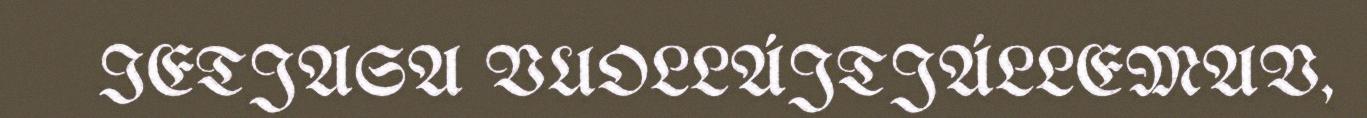
IETJASA VUOLLÁJTJÁLLEMAV,